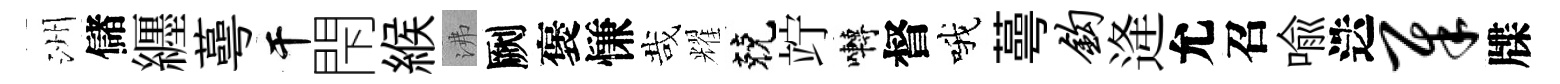
洲儲纒蕚干閇緱沸劂褒慊哉耀兢竚囀督哦蕚钩逄允召喩迭犀牒